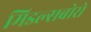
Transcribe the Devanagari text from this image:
मिडल्सबोरो